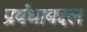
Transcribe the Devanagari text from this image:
प्रबंधाबद्दल